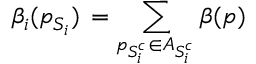
\beta _ { i } ( p _ { S _ { i } } ) \, = \displaystyle \sum _ { p _ { S _ { i } ^ { c } } \in A _ { S _ { i } ^ { c } } } \beta ( p )